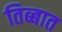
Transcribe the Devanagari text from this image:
तिब्बात